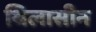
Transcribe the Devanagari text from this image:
थिलासीन